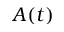
A ( t )